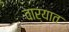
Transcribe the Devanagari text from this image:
वार्यात